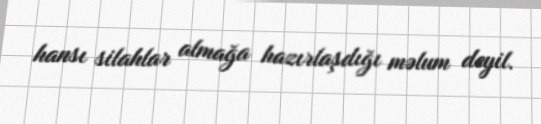
hansı silahlar almağa hazırlaşdığı məlum deyil.